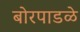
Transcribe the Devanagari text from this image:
बोरपाडळे